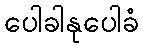
ပေါခါနုပေါခံ